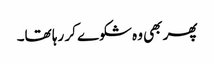
پھر بھی وہ شکوے کر رہا تھا۔